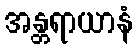
အန္တရာယာနံ